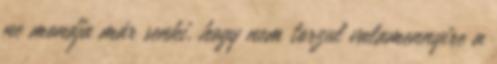
ne mondja már senki, hogy nem torzul valamennyire a